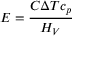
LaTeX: E = { \frac { C \Delta T c _ { p } } { H _ { V } } }